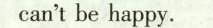
can'tbe happy.